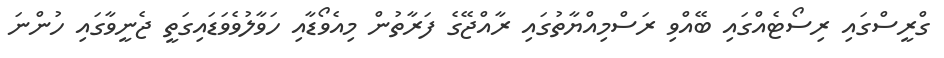
ގްރީސްގައި ރިސޯޓެއްގައި ބޭއްވި ރަސްމިއްޔާތުގައި ރާއްޖޭގެ ފަރާތުން މިއެވޯޑާއި ހަވާލުވެވަޑައިގަތީ ޖެނީވާގައި ހުންނަ